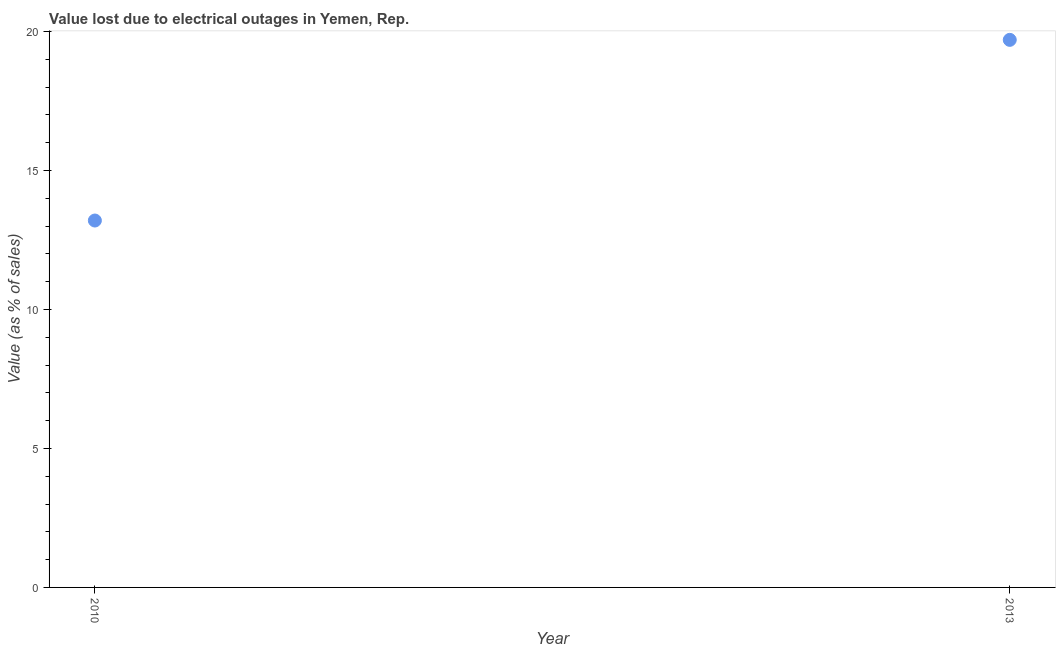
| Year | Value lost due to electrical outages |
 | --- | --- |
 | 2010 | 13.2 |
 | 2013 | 19.7 |